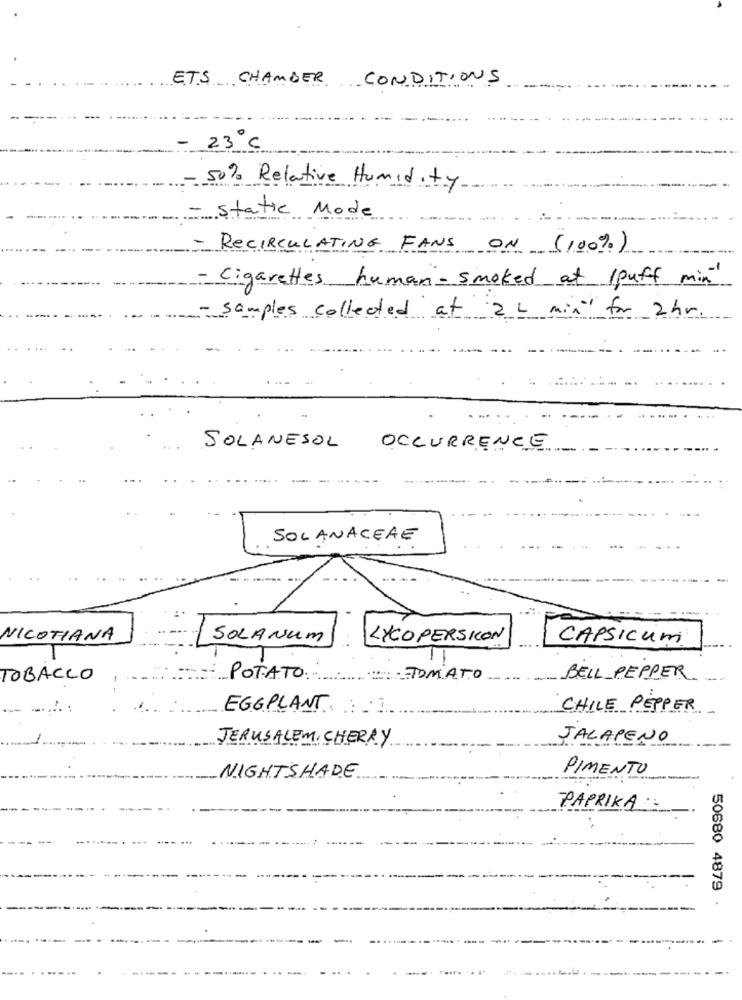
ETS CHAMBER CONDITIONS
23 C
- 50% Relative Humidity
Static Mode
RECIRCULATING FANS ON (100%)
Cigarettes human-smoked at 1puff min
Samples collected at 2 L min" for 2hr.
SOLANESOL OCCURRENCE
SOLANACEAE
NICOTIANA
SOLANUM
LYCO PERSICON
CAPSICUM
TOBACCO
POTATO.
TOMATO
BELL PEPPER
---:
EGGPLANT
CHILE PEPPER
JERUSALEM, CHERRY
JALAPENO
NIGHTSHADE
PIMENTO
PAPRIKA
50680 4879
.